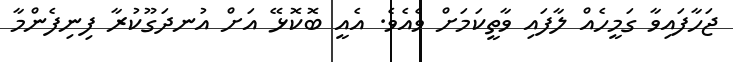
ޖަހާފައިވާ ގަމީހެއް ލާފައި ވާތީކަމަށް ވެއެވެ. އެއީ ބޮކޮޅޭ އަށް އުނދަގޫކުރާ ފިނިފެންމާ